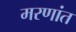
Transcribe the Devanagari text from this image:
मरणांत